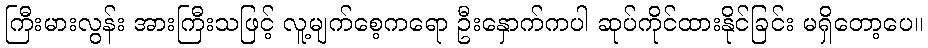
ကြီးမားလွန်း အားကြီးသဖြင့် လူ့မျက်စေ့ကရော ဦးနှောက်ကပါ ဆုပ်ကိုင်ထားနိုင်ခြင်း မရှိတော့ပေ။